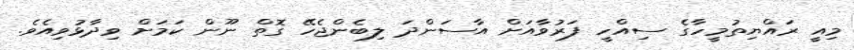
މިއީ ރައްޔިތުމީހާގެ ސިއްހީ ފަރުވާއަށް އާސަންދަ ލިބެންޖެހޭ ގޮތް ނޫން ކަަމަށް ވިދާޅުވިއެވެ.